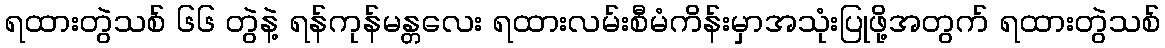
ရထားတွဲသစ် ၆၆ တွဲနဲ့ ရန်ကုန်မန္တလေး ရထားလမ်းစီမံကိန်းမှာအသုံးပြုဖို့အတွက် ရထားတွဲသစ်